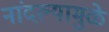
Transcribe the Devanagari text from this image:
नांदल्यामुळे